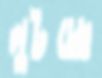
লুটচ্ছে